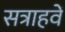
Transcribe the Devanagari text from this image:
सत्राहवें